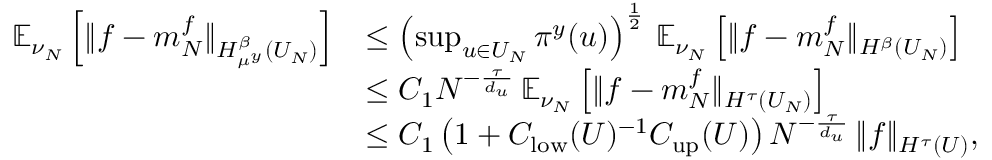
\begin{array} { r l } { \mathbb { E } _ { \nu _ { N } } \left[ \| f - m _ { N } ^ { f } \| _ { H _ { \mu ^ { y } } ^ { \beta } ( U _ { N } ) } \right] } & { \leq \left( \operatorname* { s u p } _ { u \in U _ { N } } \pi ^ { y } ( u ) \right) ^ { \frac { 1 } { 2 } } \, \mathbb { E } _ { \nu _ { N } } \left[ \| f - m _ { N } ^ { f } \| _ { H ^ { \beta } ( U _ { N } ) } \right] } \\ & { \leq C _ { 1 } N ^ { - \frac { \tau } { d _ { u } } } \, \mathbb { E } _ { \nu _ { N } } \left[ \| f - m _ { N } ^ { f } \| _ { H ^ { \tau } ( U _ { N } ) } \right] } \\ & { \leq C _ { 1 } \left( 1 + C _ { \mathrm { l o w } } ( U ) ^ { - 1 } C _ { \mathrm { u p } } ( U ) \right) N ^ { - \frac { \tau } { d _ { u } } } \, \| f \| _ { H ^ { \tau } ( U ) } , } \end{array}